Report on the cholera epidemic of
Year: 1868
Disease focus: Cholera
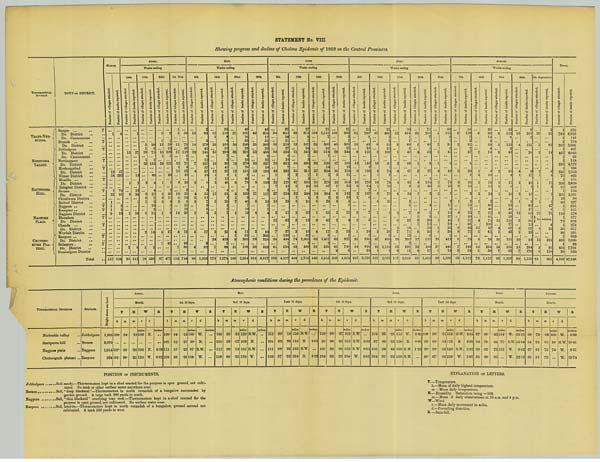
STATEMENT No. VIII.
Showing progress and decline of Cholera Epidemic of 1869 in the Central Provinces.
TOPOGRAPHICAL
DIVISION.
TRANS-NER-BUDDA
NERBUDDA
VALLEY.
SAUTPOORA
HILL.
NAGPORE
PLAIN.
CHUTEESGURH
PLATEAU.
TOWN OR DISTRICT.
Saugor
T
Do. District
Do. Cantonment
Dumoh
T
Do. District
Jubbulpore
T
Do. District T
Do. Cantonment
Nursingpore
T
Do. District
Hoshungabad
T
Do. District
Nimar District
Mundla
T
Do. District
Balaghat District
Seonee
T
Do. District
Chindwara District
Baitool District
Nagpore
T
Kamptee
T
Nagpore District
Bhundara
T
Do. District
Chanda
T
Do. District
Wurdah District
Raepore
T
Do. District
Belaspore
T
Do. District
Sumbulpore District
Total
MARCH.
Number of villages attacked.
1
12
58
1
33
1
1
1
9
117
Number of deaths reported.
8
57
292
70
81
2
1
13
524
APRIL.
Weeks ending
10th
Number of villages attacked.
13
1
8
1
2
25
Number of deaths reported.
1
27
13
2
16
34
1
10
8
112
17th
Number of villages attacked.
5
1
28
1
23
2
3
6
1
5
2
1
78
Number of deaths reported.
20
8
75
1
192
40
4
4
27
7
2
18
2
11
18
1
430
24th
Number of villages attacked.
8
1
12
18
1
24
1
8
3
3
1
6
1
87
Number of deaths reported.
9
1
59
15
109
1
121
26
1
2
56
11
4
5
1
4
17
40
477
1st May
Number of villages attacked.
1
5
11
17
12
1
15
8
10
5
2
14
4
7
112
Number of deaths reported.
34
79
50
118
5
7
71
8
63
16
20
3
39
34
8
21
10
20
13
40
85
744
MAY.
Weeks ending
8th
Number of villages attacked.
19
14
23
7
4
3
4
2
2
1
5
4
88
Number of deaths reported.
2
63
2
179
41
245
6
12
167
57
37
18
8
5
51
11
7
3
3
5
17
8
82
1,029
15th
Number of villages attacked.
17
1
31
35
16
12
1
1
3
11
3
3
3
34
7
178
Number of deaths reported.
33
118
9
8
101
51
294
7
9
99
45
97
1
13
48
4
61
1
29
2
5
7
23
425
2
86
1,578
22nd
Number of villages attacked.
37
20
33
19
12
1
8
5
1
7
1
4
1
9
11
169
Number of deaths reported.
40
187
16
53
248
38
292
2
24
270
28
191
1
80
78
8
109
2
46
7
10
19
11
81
365
188
2,394
29th
Number of villages attacked.
49
25
52
85
19
8
17
6
4
2
29
20
316
Number of deaths reported.
49
350
17
51
302
33
488
8
52
857
18
192
9
103
3
117
19
1
1
4
10
306
258
369
3,617
JUNE.
Weeks ending
5th
Number of villages attacked.
94
55
88
78
43
1
22
7
37
10
3
12
1
7
34
41
533
Number of deaths reported.
37
615
30
21
219
27
593
8
10
662
7
332
2
9
120
12
2
254
28
11
62
1
27
139
494
1
534
4,257
12th
Number of villages attacked.
99
19
61
50
35
2
47
6
32
1
8
2
2
3
74
43
484
Number of deaths reported.
27
875
9
5
507
34
543
1
3
690
3
311
7
3
608
24
348
1
21
32
13
16
32
1,005
1
589
5,708
19th
Number of villages attacked.
134
26
36
33
37
1
31
22
14
2
6
1
9
4
62
31
449
Number of deaths reported.
21
1,151
7
300
16
514
1
536
14
294
2
378
67
294
2
29
65
42
17
8
1,467
2
326
5,553
26th
Number of villages attacked.
101
40
29
17
16
3
23
7
8
2
3
2
2
3
60
65
2
383
Number of deaths reported.
21
966
3
1
301
21
244
185
13
195
21
564
39
142
23
5
1
25
4
13
1
827
741
6
4,362
JULY.
Weeks ending
3rd
Number of villages attacked.
61
18
8
13
6
16
6
2
1
3
2
.
1
36
54
227
Number of deaths reported.
25
709
2
49
18
120
148
2
126
239
64
7
137
6
7
5
10
5
990
1
928
38
3,636
10th
Number of villages attacked.
23
8
8
10
6
1
10
1
3
4
1
3
47
43
1
169
Number of deaths reported.
23
400
1
3
53
22
109
91
1
75
8
76
26
78
25
1
30
9
669
1
1,154
2
2,857
17th
Number of villages attacked.
32
5
1
3
6
4
4
2
6
2
7
20
23
2
117
Number of deaths reported.
50
434
1
1
60
5
40
69
47
43
3
34
3
5
7
33
10
71
13
392
2
691
11
2,025
24th
Number of villages attacked.
20
1
4
1
3
4
2
1
4
1
3
1
6
12
22
4
89
Number of deaths reported.
70
281
7
45
5
52
8
27
2
154
20
2
4
1
3
30
12
15
56
5
111
558
17
1,485
31st
Number of villages attacked.
5
2
1
1
3
3
5
2
2
5
1
5
26
27
1
89
Number of deaths reported.
60
113
8
1
30
9
45
5
49
78
28
7
2
17
6
16
27
43
20
25
38
1
413
441
19
1,501
AUGUST.
Weeks ending
7th
Number of villages attacked.
9
3
3
3
3
1
4
7
6
8
6
7
3
63
Number of deaths reported.
58
159
7
3
87
7
47
5
28
1
28
13
3
3
73
7
23
49
97
93
43
77
75
142
24
1,152
14th
Number
of
villages
attacked.
6
2
1
3
1
3
1
7
4
15
5
5
15
5
73
Number of deaths reported.
33
80
14
4
58
4
14
8
16
16
12
24
2
60
48
97
62
71
106
47
61
24
234
30
1,125
21st
Number
of
villages
attacked.
8
5
3
2
2
1
1
6
12
4
1
16
15
7
83
Number of deaths reported.
13
122
8
122
3
40
21
4
17
8
16
1
63
40
48
29
126
27
87
43
151
165
53
1,207
28th
Number of villages attacked.
16
4
4
1
2
2
1
13
9
5
1
10
15
7
90
Number of deaths reported.
6
201
2
125
20
9
17
22
1
15
1
62
21
68
7
80
15
67
23
54
284
170
1,270
4th September.
Number of villages attacked.
20
3
3
2
1
1
1
1
21
No
4
13
5
6
81
Number of deaths reported.
2
63
62
14
6
8
21
5
7
1
47
6
76
returns
6
22
210
95
154
805
TOTAL.
Number of villages attacked.
1
764
1
1
307
1
463
1
1
392
1
241
73
1
203
61
1
208
23
60
1
1
110
1
73
1
38
80
1
493
1
458
38
4,100
Number of death
570
6,939
141
154
3,006
407
4,043
39
118
4,176
196
2,165
493
116
2,628
322
124
1,931
98
237
391
161
570
177
606
279
317
591
600
7,930
98
7,701
524
47,848
Atmospheric conditions during the prevalence of the Epidemic.
TOPOGRAPHICAL DIVISIONS.
Nerbudda valley
Sautpoora hill
Nagpore plain
Chuteesgurh plateau
STATIONS.
Jubbulpore
Seonee
Nagpore
Raepore
Height above sea level.
1,385
2,070
1,054
934
APRIL.
Month.
T
h
100.
107.
101.
m
84.
93.
90.
H
m
.18
.20
.25
W
v
miles
100.
108.
130.
d
-
N.
N.
W.
R
inches
0.20
0.02
MAY.
1st 10 days.
T
h
109.
101.
111.
108.
m
94.
92.
97.
96.
H
m
.13
.17
.20
.20
W
v
miles
100.
50.
97.
184.
d
W.
N.
N.W.
W.
R
inches
2nd 10 days.
T
h
109
101.
111.
108.
m
96.
93.
98.
98.
H
m
.15
.17
.19
.25
W
v
miles
120.
102.
165.
134.
d
N.W.
N.
N.W.
W.
R
inches
Last 11 days.
T
h
111.
101.
111.
108.
m
99.
93.
98.
97.
H
m
.18
.29
.32
.32
W
v
miles
156.
116.
153.
134.
d
N.W.
S.
S.W.
S.
R
inches
0.01
0.22
JUNE.
1st 10 days.
T
h
109.
96.
107.
104.
m
98.
90.
96.
96.
H
m
.27
.36
.38
.38
W
v
miles
162.
102.
192.
184.
d
N.W.
S.W.
N.W.
W.
R
inches
0.02
0.01
0.01
2nd 10 days.
T
h
104.
97.
105.
104.
m
93.
89.
94.
96.
H
m
.28
.32
.43
.33
W
v
miles
156.
120.
160.
168.
d
W.
N.
N.W.
N.W.
R
inches
0.42
0.03
1.29
Last 10 days.
T
h
100.
93.
99.
96.
m
90.
85.
88.
87.
H
m
.51
.54
.59
.66
W
v
miles
164.
113.
138.
259.
d
S.W.
S.
S.W.
W.
R
inches
2.95
3.90
2.82
3.07
JULY.
Month.
T
h
87.
84.
89.
85.
m
80.
79.
82.
80.
H
m
.53
.80
.73
.81
W
v
miles
154.
76.
112.
d
W.
S.W.
W.
W.
R
inches
28.25
16.84
8.62
22.78
AUGUST.
Month.
T
h
89.
84.
87.
86.
m
73.
78.
81.
81.
H
m
.56
.85
.75
.79
W
v
miles
100.
36.
74.
d
W.
N.W.
W.
W.
R
inches
8.90
19.41
9.61
23.74
POSITION OF INSTRUMENTS.
Jubbulpore Soil sandy.—Thermometers kept in a shed erected for the purpose in open ground, not cultivated.
No tank or other surface water anywhere near.
Seonee.
Soil, "deep blacksoil."—Thermometers in north verandah of a bungalow surrounded by
garden ground. A large tank 200 yards to south.
Nagpore .........Soil, "thin blacksoil" overlying trap rock.—Thermometers kept in a shed erected for the
purpose in open ground, not cultivated. No surface water near.
Raepore
..
Soil, laterite.—Thermometers kept in north verandah of a bungalow, ground around not
cultivated. A tank 100 yards to west.
EXPLANATION OF LETTERS.
T.—Temperature.
h.—Mean of daily highest temperature.
m.—Mean daily temperature.
H. —Humidity. Saturation being = 100.
m.—Mean of daily observations at 10 a.m. and 4 p.m.
W—Wind.
v.—Mean daily movement in miles.
d.—Prevailing direction.
R. —Rain-fall.